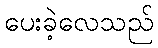
ပေးခဲ့လေသည်